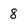
Character: 8